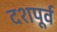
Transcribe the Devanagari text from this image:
दशपूर्व